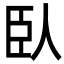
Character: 臥